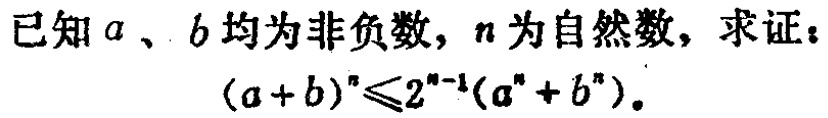
已知\(a\)、\(b\)均为非负数，\(n\)为自然数，求证：
\((a + b)^n\leqslant2^{n - 1}(a^n + b^n)\)。